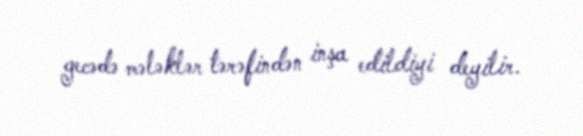
gecədə mələklər tərəfindən inşa edildiyi deyilir.